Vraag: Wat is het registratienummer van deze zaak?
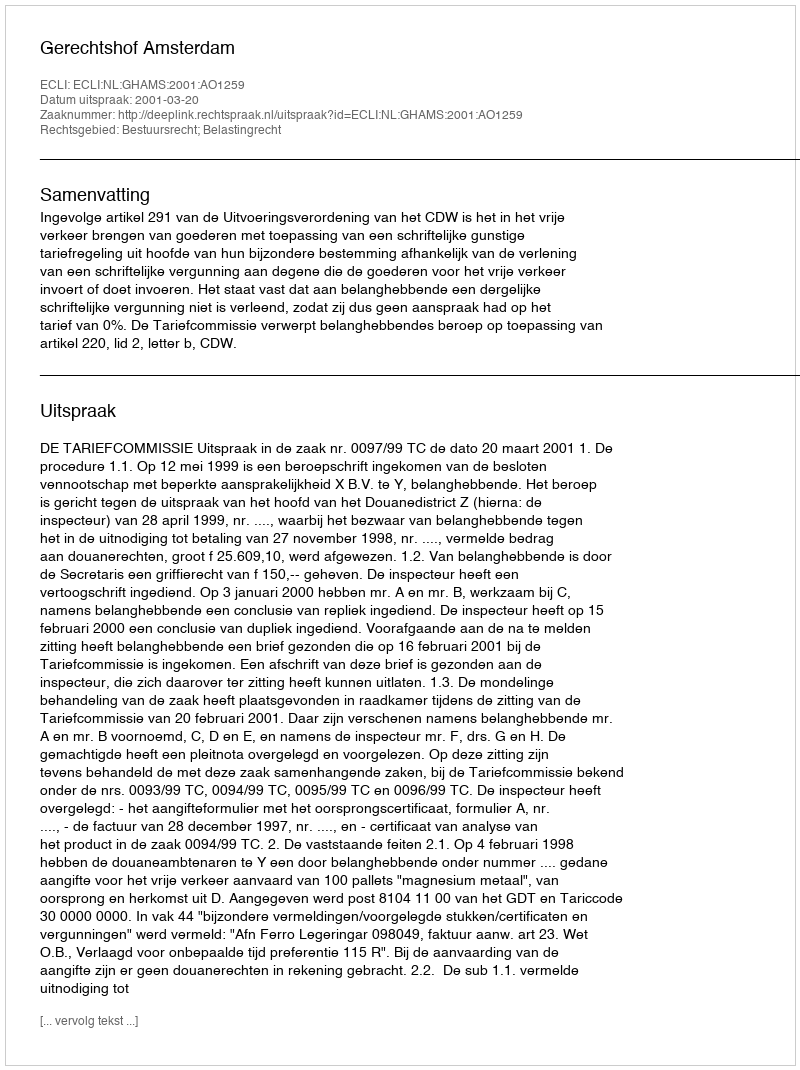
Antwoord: http://deeplink.rechtspraak.nl/uitspraak?id=ECLI:NL:GHAMS:2001:AO1259